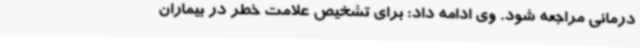
درمانی مراجعه شود. وی ادامه داد: برای تشخیص علامت خطر در بیماران